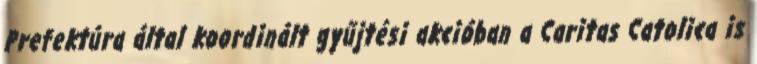
Prefektúra által koordinált gyűjtési akcióban a Caritas Catolica is